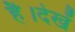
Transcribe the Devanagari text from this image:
है।देखें